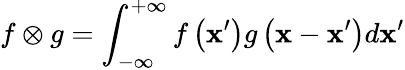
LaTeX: f\otimes g=\int_{-\infty}^{+\infty}f\left(\mathbf{x}^{\prime}\right)g\left(\mathbf{x}-\mathbf{x}^{\prime}\right)d\mathbf{x}^{\prime}